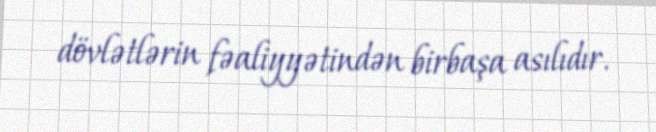
dövlətlərin fəaliyyətindən birbaşa asılıdır.